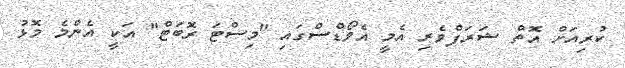
ކުރިއަށް އޮތް ޝަރަފްވެރި އެމީ އެވޯޑްސްގައި "މިސްޓަ ރޮބަޓް" އަކީ އެންމެ މޮޅު